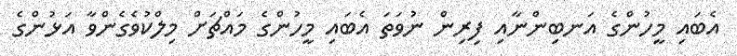
އެބައި މީހުންގެ އަނބިންނާއި ފިރިން ނުވަތަ އެބައި މީހުންގެ މައްޗަށް މިލްކުވެގެންވާ އަޅުންގެ